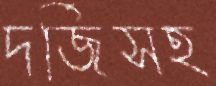
দর্জিসহ